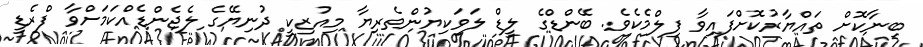
ބިނާކޮށް ތައްޔާރުކޮށްފައިވާ ފިލްމެކެވެ. ބޭންޑްގެ ލީޑް ލަވަކިޔުންތެރިޔާ މިއުޒިކީ ދުނިޔޭގެ ލެޖެންޑެއްކަމަށްވާ ފްރެޑީ